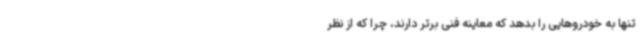
تنها به خودروهایی را بدهد که معاینه فنی برتر دارند، چرا که از نظر